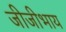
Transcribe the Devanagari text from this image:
जीजीभाय